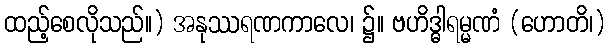
ထည့်စေလိုသည်။) အနုဿရဏကာလေ၊ ၌။ ဗဟိဒ္ဓါရမ္မဏံ (ဟောတိ၊)